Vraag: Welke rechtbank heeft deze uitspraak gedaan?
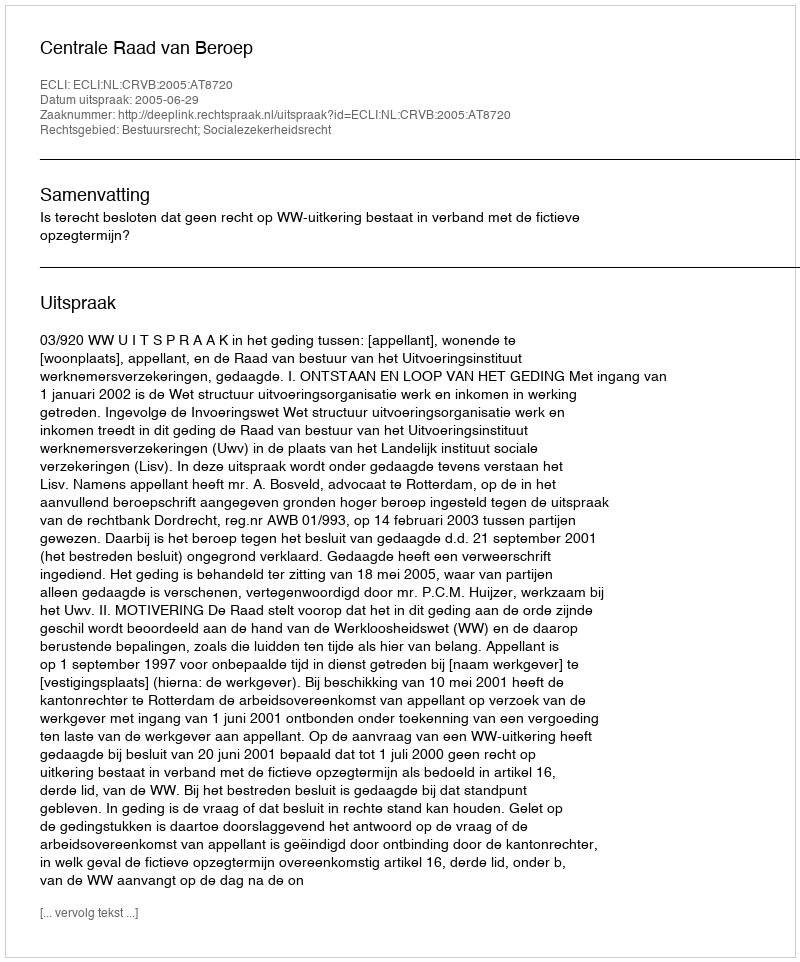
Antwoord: Centrale Raad van Beroep